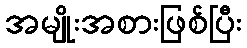
အမျိုးအစားဖြစ်ပြီး